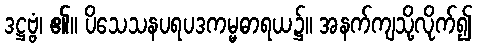
ဒဋ္ဌဗ္ဗံ၊ ၏။ ပိသေသနပရပဒကမ္မဓာရယ၌။ အနက်ကျသို့လိုက်၍